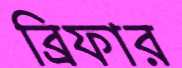
ব্রিফার